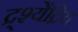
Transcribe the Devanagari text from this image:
द्र्श्येंद्रिय